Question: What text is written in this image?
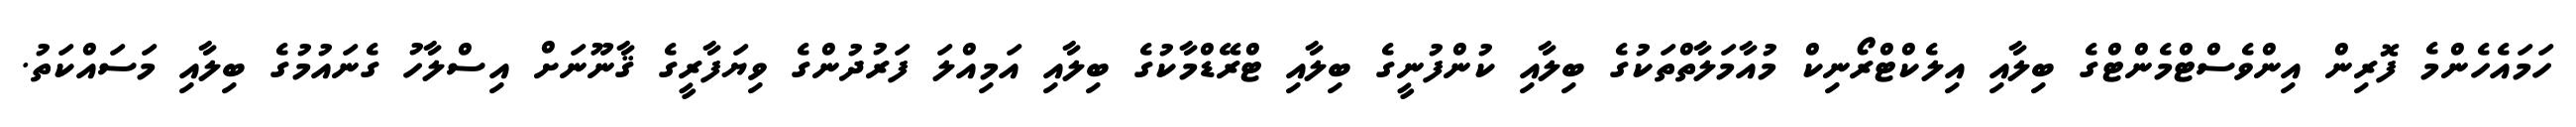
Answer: ހަމައެހެންމެ ފޮރިން އިންވެސްޓްމެންޓްގެ ބިލާއި އިލެކްޓްރޯނިކް މުއާމަލާތްތަކުގެ ބިލާއި ކުންފުނީގެ ބިލާއި ޓްރޭޑްމާކުގެ ބިލާއި އަމިއްލަ ފަރުދުންގެ ވިޔަފާރީގެ ޤާނޫނަށް އިސްލާހު ގެނައުމުގެ ބިލާއި މަސައްކަތު.